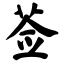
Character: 莶